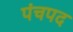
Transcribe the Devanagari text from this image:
पंचपद